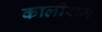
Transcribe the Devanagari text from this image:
कालीराम